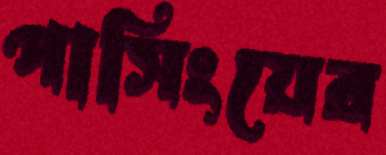
পাসিংয়ের